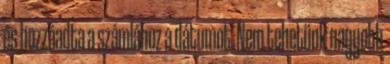
és hozzáadta a számlához a dátumot. Nem tehetünk nagyobb